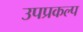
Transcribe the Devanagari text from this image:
उपप्रकल्प